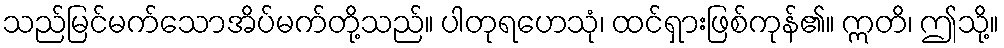
သည်မြင်မက်သောအိပ်မက်တို့သည်။ ပါတုရဟေသုံ၊ ထင်ရှားဖြစ်ကုန်၏။ ဣတိ၊ ဤသို့။